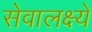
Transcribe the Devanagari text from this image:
सेवालक्ष्ये